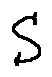
S